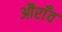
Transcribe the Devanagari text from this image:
औराँव